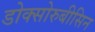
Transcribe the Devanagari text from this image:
डोक्सोरुबीसिन